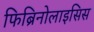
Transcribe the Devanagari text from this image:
फिब्रिनोलाइसिस